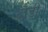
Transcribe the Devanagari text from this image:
दौड़ीं।